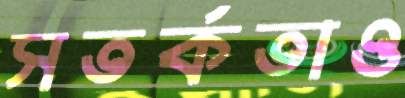
সতর্কতাও